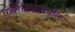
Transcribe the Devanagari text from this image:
तंत्रशिक्षणामधील